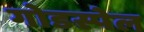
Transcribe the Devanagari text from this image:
गोडस्पेल